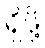
ရှိဖို့